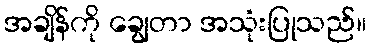
အချိန်ကို ချွေတာ အသုံးပြုသည်။